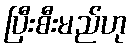
ပြီးစီးမည်ဟု